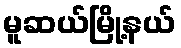
မူဆယ်မြို့နယ်